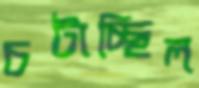
চটাচ্ছিল